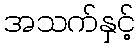
အသက်နှင့်